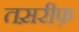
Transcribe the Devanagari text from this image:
तस़रीफ़